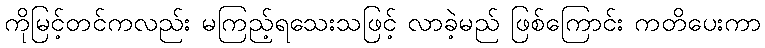
ကိုမြင့်တင်ကလည်း မကြည့်ရသေးသဖြင့် လာခဲ့မည် ဖြစ်ကြောင်း ကတိပေးကာ